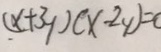
( x + 3 y ) ( x - 2 y ) = 0